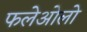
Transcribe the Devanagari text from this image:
फलेओलो